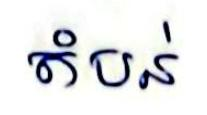
តំបន់